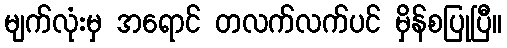
မျက်လုံးမှ အရောင် တလက်လက်ပင် မှိန်စပြုပြီ။